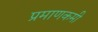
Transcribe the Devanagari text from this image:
प्रमाणकमी